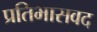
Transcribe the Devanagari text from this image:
प्रतिभासवद